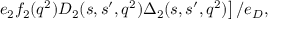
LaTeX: \left. e _ { 2 } f _ { 2 } ( q ^ { 2 } ) D _ { 2 } ( s , s ^ { \prime } , q ^ { 2 } ) { \Delta } _ { 2 } ( s , s ^ { \prime } , q ^ { 2 } ) \right] / e _ { D } ,